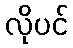
လိုပင်